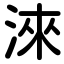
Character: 淶